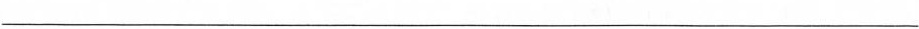
___